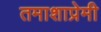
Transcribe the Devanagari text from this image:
तमाशाप्रेमी